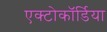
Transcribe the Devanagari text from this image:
एक्टोकॉर्डिया